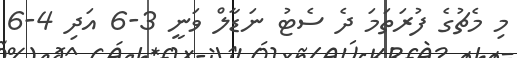
މި މެޗުގެ ފުރަތަމަ ދެ ސެޓު ނަޑާލް ވަނީ 3-6 އަދި 4-6